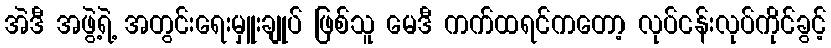
အဲဒီ အဖွဲ့ရဲ့ အတွင်းရေးမှူးချုပ် ဖြစ်သူ မေဒီ ကက်ထရင်ကတော့ လုပ်ငန်းလုပ်ကိုင်ခွင့်